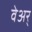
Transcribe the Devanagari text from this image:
वेअर्